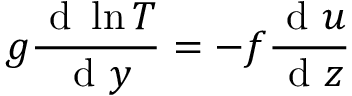
g \frac { \mathrm { ~ d ~ } \ln T } { \mathrm { ~ d ~ } y } = - f \frac { \mathrm { ~ d ~ } u } { \mathrm { ~ d ~ } z }